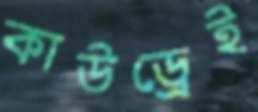
কাউড্রেই